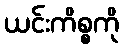
ယင်းကိစ္စကို